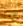
أيها